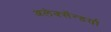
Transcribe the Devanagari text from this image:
अलेक्सेंन्डर्या